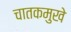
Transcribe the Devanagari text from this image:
चातकमुखे